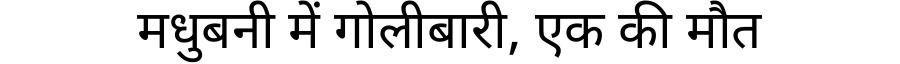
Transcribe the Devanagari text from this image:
मधुबनी में गोलीबारी, एक की मौत